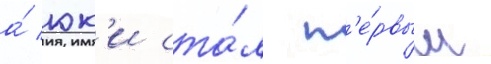
а́ юк'и ста́л п'е́рвым